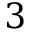
3